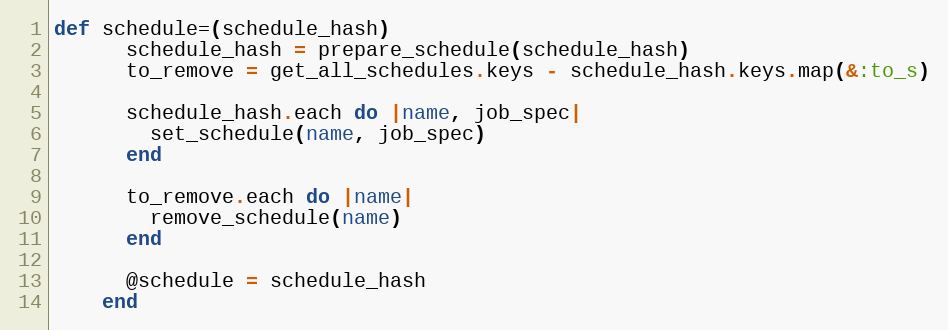
Language: Ruby
def schedule=(schedule_hash)
      schedule_hash = prepare_schedule(schedule_hash)
      to_remove = get_all_schedules.keys - schedule_hash.keys.map(&:to_s)

      schedule_hash.each do |name, job_spec|
        set_schedule(name, job_spec)
      end

      to_remove.each do |name|
        remove_schedule(name)
      end

      @schedule = schedule_hash
    end